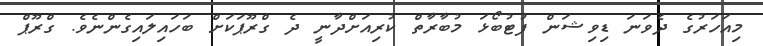
މިއަހަރުގެ ދެވަނަ ޑިވިޝަން ފުޓުބޯޅަ މުބާރާތް ކުރިއަށްދާނީ ދެ ގްރޫޕަކަށް ބަހައިލައިގެންނެވެ. ގްރޫޕް